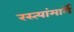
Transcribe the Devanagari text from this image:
रस्त्यांमार्गे